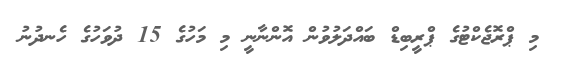
މި ޕްރޮޖެކްޓުގެ ޕްރީބިޑް ބައްދަލުވުން އޮންނާނީ މި މަހުގެ 15 ދުވަހުގެ ހެނދުނު